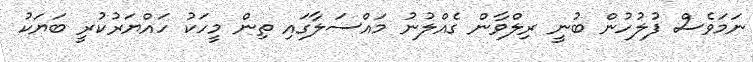
ނަމަވެސް ފުލުހުން ބުނީ ރިލްވާން ގެއްލުނު މައްސަލާގައި ތިން މީހަކު ހައްޔަރުކުރީ ބަޔަކު